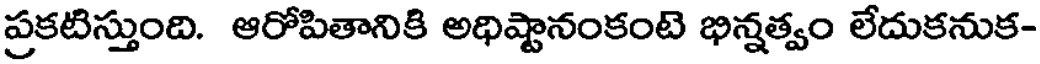
ప్రకటిస్తుంది. ఆరోపితానికి అధిష్టానంకంటె భిన్నత్వం లేదుకనుక-